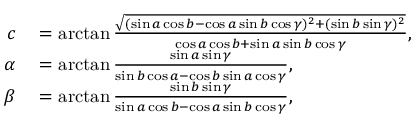
\begin{array} { r l } { c } & { { } = \arctan { \frac { \sqrt { ( \sin a \cos b - \cos a \sin b \cos \gamma ) ^ { 2 } + ( \sin b \sin \gamma ) ^ { 2 } } } { \cos a \cos b + \sin a \sin b \cos \gamma } } , } \\ { \alpha } & { { } = \arctan { \frac { \sin a \sin \gamma } { \sin b \cos a - \cos b \sin a \cos \gamma } } , } \\ { \beta } & { { } = \arctan { \frac { \sin b \sin \gamma } { \sin a \cos b - \cos a \sin b \cos \gamma } } , } \end{array}